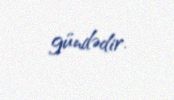
gündədir.